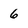
Character: 6